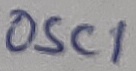
Text: OSC1